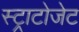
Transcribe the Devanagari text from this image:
स्ट्राटोजेट